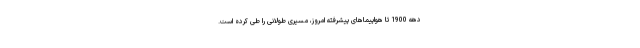
دهه 1900 تا هواپیماهای پیشرفته امروز، مسیری طولانی را طی کرده است.